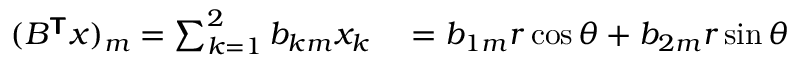
\begin{array} { r l } { ( B ^ { \boldsymbol { \mathsf { T } } } \boldsymbol { x } ) _ { m } = \sum _ { k = 1 } ^ { 2 } b _ { k m } x _ { k } } & { { } = b _ { 1 m } r \cos \theta + b _ { 2 m } r \sin \theta } \end{array}